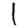
Digit: 1